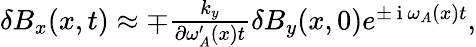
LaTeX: \begin{array}{r}{\delta B_{x}(x,t)\approx\mp\frac{k_{y}}{\partial\omega_{A}^{\prime}(x)t}\delta B_{y}(x,0)e^{\pm\mathrm{~i~}\omega_{A}(x)t},}\end{array}